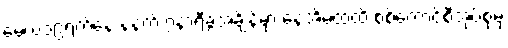
မေလ၁၉ရက်နေ့ နံနက် ၇နာရီခွဲအချိန်မှာ နေအိမ်ထဲထိ စစ်ကောင်စီအုပ်စုမှ